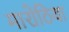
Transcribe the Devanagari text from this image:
मारोठिया